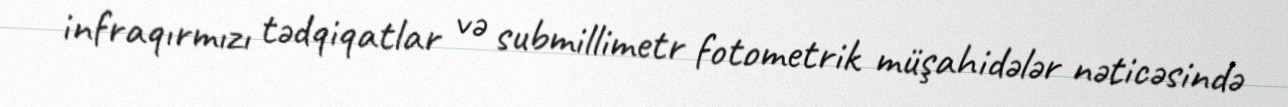
infraqırmızı tədqiqatlar və submillimetr fotometrik müşahidələr nəticəsində